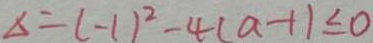
\Delta = ( - 1 ) ^ { 2 } - 4 ( a - 1 ) \leq 0